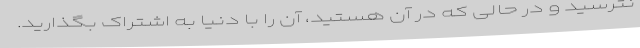
نترسید و در حالی که در آن هستید، آن را با دنیا به اشتراک بگذارید.